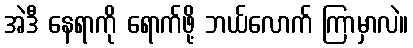
အဲဒီ နေရာကို ရောက်ဖို့ ဘယ်လောက် ကြာမှာလဲ။